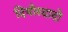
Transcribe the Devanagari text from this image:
दियोस्दादो